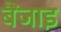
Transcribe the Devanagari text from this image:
बैंजाइ